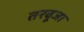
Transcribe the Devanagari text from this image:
तरबूजा